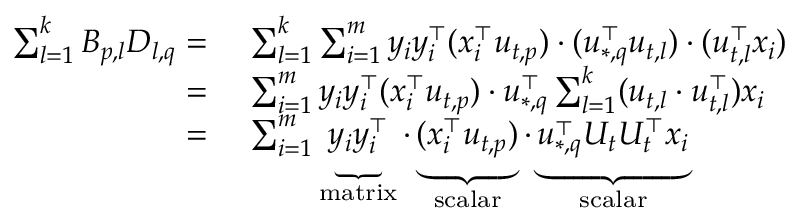
\begin{array} { r l } { \sum _ { l = 1 } ^ { k } B _ { p , l } D _ { l , q } = } & { ~ \sum _ { l = 1 } ^ { k } \sum _ { i = 1 } ^ { m } y _ { i } y _ { i } ^ { \top } ( x _ { i } ^ { \top } u _ { t , p } ) \cdot ( u _ { * , q } ^ { \top } u _ { t , l } ) \cdot ( u _ { t , l } ^ { \top } x _ { i } ) } \\ { = } & { ~ \sum _ { i = 1 } ^ { m } y _ { i } y _ { i } ^ { \top } ( x _ { i } ^ { \top } u _ { t , p } ) \cdot u _ { * , q } ^ { \top } \sum _ { l = 1 } ^ { k } ( u _ { t , l } \cdot u _ { t , l } ^ { \top } ) x _ { i } } \\ { = } & { ~ \sum _ { i = 1 } ^ { m } \underbrace { y _ { i } y _ { i } ^ { \top } } _ { \mathrm { m a t r i x } } \cdot \underbrace { ( x _ { i } ^ { \top } u _ { t , p } ) } _ { \mathrm { s c a l a r } } \cdot \underbrace { u _ { * , q } ^ { \top } U _ { t } U _ { t } ^ { \top } x _ { i } } _ { \mathrm { s c a l a r } } } \end{array}